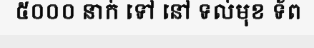
៥០០០ នាក់ ទៅ នៅ ទល់មុខ ទ័ព